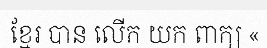
ខ្មែរ បាន លើក យក ពាក្យ «